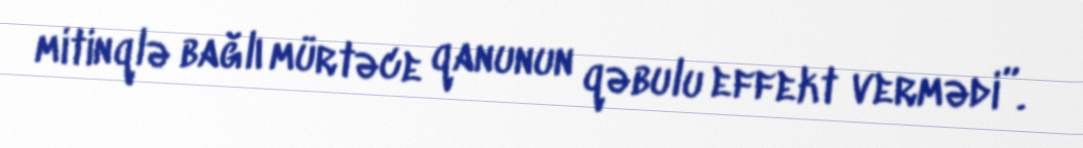
mitinqlə bağlı mürtəce qanunun qəbulu effekt vermədi”.